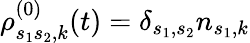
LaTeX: \rho_{s_{1}s_{2},k}^{(0)}(t)=\delta_{s_{1},s_{2}}n_{s_{1},k}